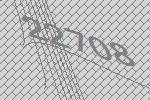
22708